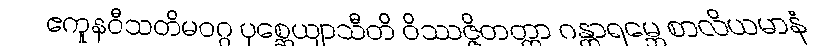
ဧကူနဝီသတိမဝဂ္ဂ ပုစ္ဆေယျာသီတိ ဝိဿဇ္ဇိတတ္တာ ဂန္ထာရမ္ဘေ စာလိယမာနံ